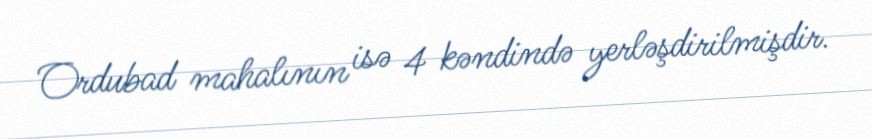
Ordubad mahalının isə 4 kəndində yerləşdirilmişdir.